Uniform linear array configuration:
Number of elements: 16
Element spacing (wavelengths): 0.75
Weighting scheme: hann
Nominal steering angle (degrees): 45
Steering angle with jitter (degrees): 44.093
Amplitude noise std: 0.05
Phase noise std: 0.05

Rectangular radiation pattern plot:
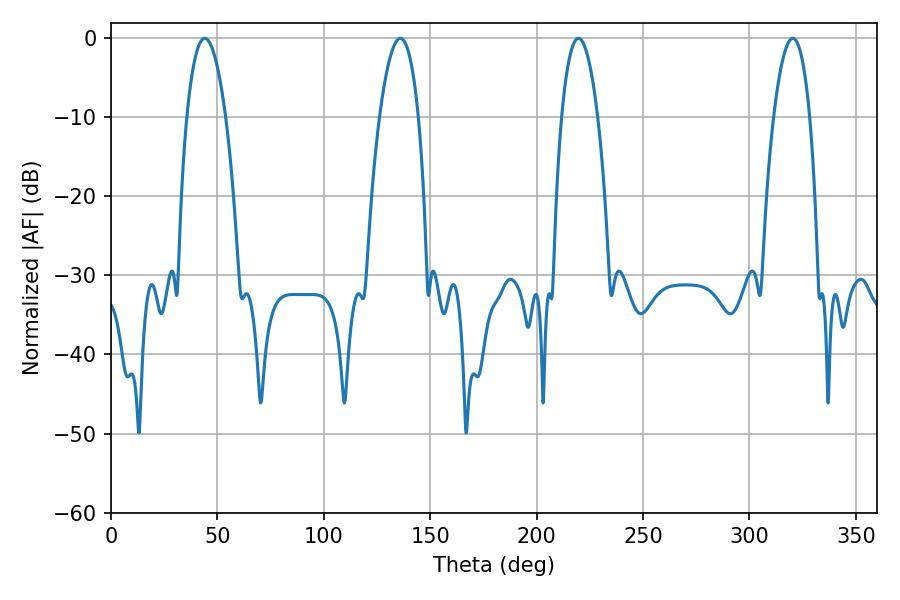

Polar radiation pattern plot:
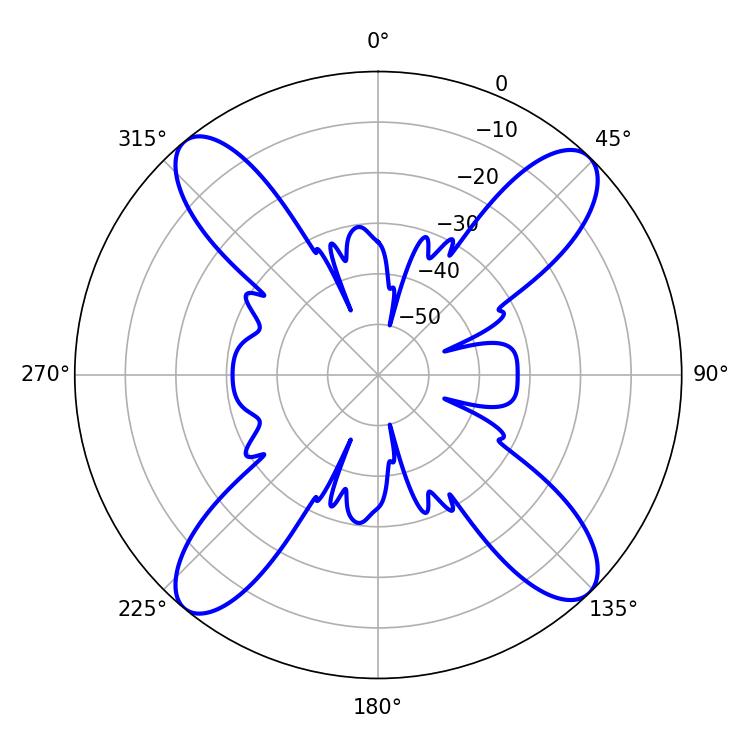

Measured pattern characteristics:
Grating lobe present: TRUE
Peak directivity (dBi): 17.19
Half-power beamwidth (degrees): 9.36
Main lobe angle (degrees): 219.6